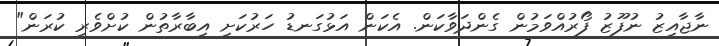
ނާޖާއިޒު ނުފޫޒު ފޯރުއްވަމުން ގެންދަވާކަން. އެކަން އަޅުގަނޑު ހަރުކަށި އިބާރާތުން ކުށްވެރި ކުރަން"